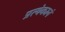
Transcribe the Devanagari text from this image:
प्रत्येकानं